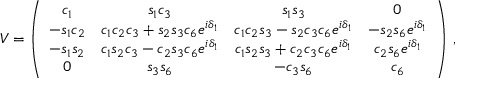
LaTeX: V = \left( \begin{array} { c c c c } { { c _ { 1 } } } & { { s _ { 1 } c _ { 3 } } } & { { s _ { 1 } s _ { 3 } } } & { { 0 } } \\ { { - s _ { 1 } c _ { 2 } } } & { { c _ { 1 } c _ { 2 } c _ { 3 } + s _ { 2 } s _ { 3 } c _ { 6 } e ^ { i \delta _ { 1 } } } } & { { c _ { 1 } c _ { 2 } s _ { 3 } - s _ { 2 } c _ { 3 } c _ { 6 } e ^ { i \delta _ { 1 } } } } & { { - s _ { 2 } s _ { 6 } e ^ { i \delta _ { 1 } } } } \\ { { - s _ { 1 } s _ { 2 } } } & { { c _ { 1 } s _ { 2 } c _ { 3 } - c _ { 2 } s _ { 3 } c _ { 6 } e ^ { i \delta _ { 1 } } } } & { { c _ { 1 } s _ { 2 } s _ { 3 } + c _ { 2 } c _ { 3 } c _ { 6 } e ^ { i \delta _ { 1 } } } } & { { c _ { 2 } s _ { 6 } e ^ { i \delta _ { 1 } } } } \\ { { 0 } } & { { s _ { 3 } s _ { 6 } } } & { { - c _ { 3 } s _ { 6 } } } & { { c _ { 6 } } } \end{array} \right) \, ,